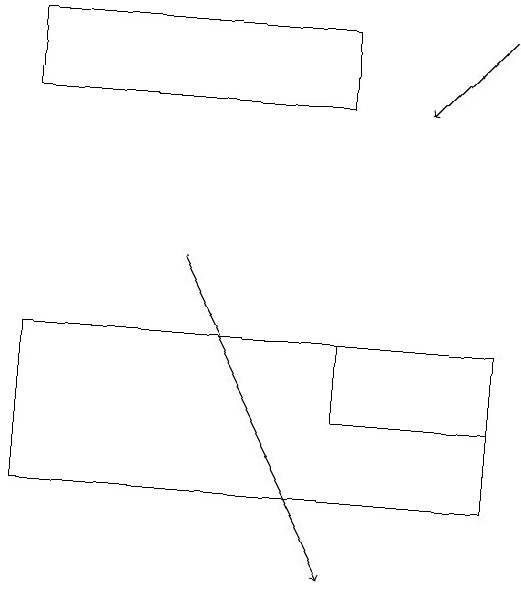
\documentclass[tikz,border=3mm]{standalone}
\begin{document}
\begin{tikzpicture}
\draw[->] (5,15) -- (7,11);
\draw (7,13) rectangle (9,14);
\draw[->] (9,18) -- (8,17);
\draw (9,14) rectangle (3,12);
\draw (3,18) rectangle (7,17);
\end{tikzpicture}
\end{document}